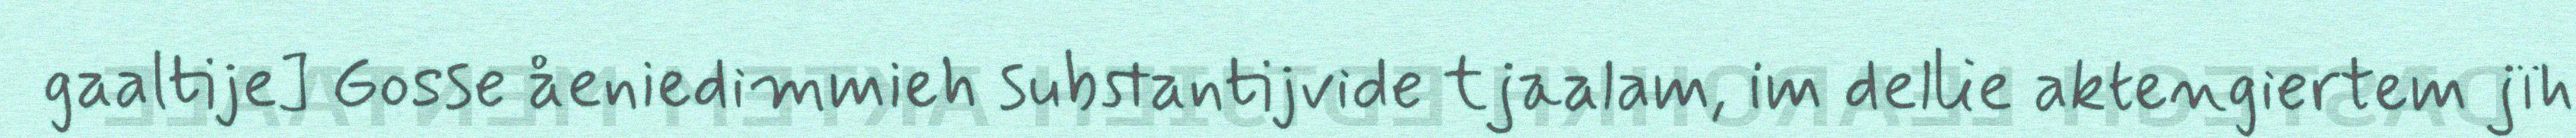
gaaltije] Gosse åeniedimmieh substantijvide tjaalam, im dellie aktengiertem jïh